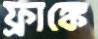
ফ্রাঙ্কে